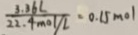
\frac { 3 . 3 6 L } { 2 2 . 4 m o l / L } = 0 . 1 5 m o l